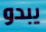
يبدو